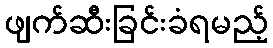
ဖျက်ဆီးခြင်းခံရမည့်